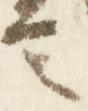
言